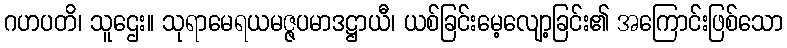
ဂဟပတိ၊ သူဌေး။ သုရာမေရယမဇ္ဇပမာဒဋ္ဌာယီ၊ ယစ်ခြင်းမေ့လျော့ခြင်း၏ အကြောင်းဖြစ်သော